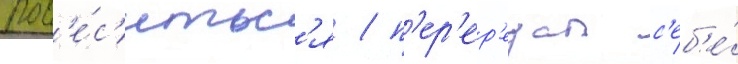
пов'е́с'итьс'я / п'ер'ер'езал с'еб'е́